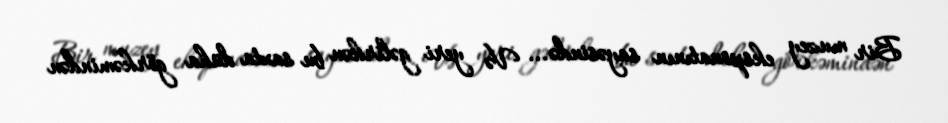
Bir muzey eksponatının sayəsində... Və yeri gəlirkən bu saxta düha görkəmindən